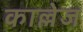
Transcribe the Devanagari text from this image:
काल्लेज